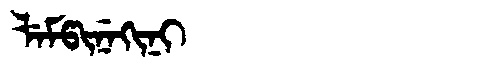
Manchu: ᠯᡝᠮᡦᡳᠨᡝᡴᡳᠨᡳ
Romanization: LEMPINEKINI